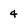
Character: 4